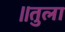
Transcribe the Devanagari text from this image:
॥तुला